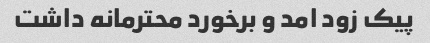
پیک زود امد و برخورد محترمانه داشت